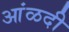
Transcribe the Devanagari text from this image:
आंळदी